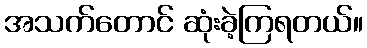
အသက်တောင် ဆုံးခဲ့ကြရတယ်။